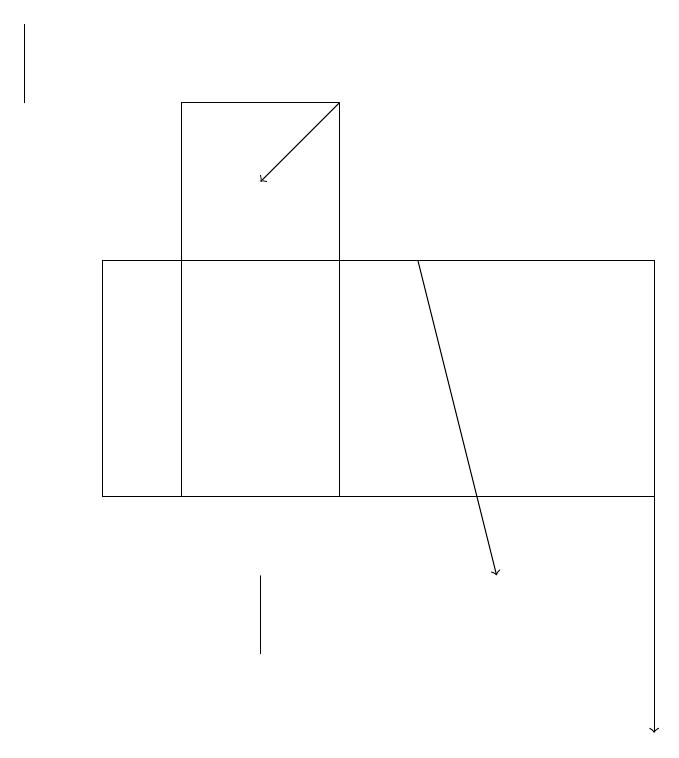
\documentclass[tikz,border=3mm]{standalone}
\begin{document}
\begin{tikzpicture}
\draw[->] (8,14) -- (8,10);
\draw (0,19) rectangle (0,18);
\draw[->] (5,16) -- (6,12);
\draw (1,16) rectangle (8,13);
\draw (2,18) rectangle (4,13);
\draw[->] (4,18) -- (3,17);
\draw (3,12) rectangle (3,11);
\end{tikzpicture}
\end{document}